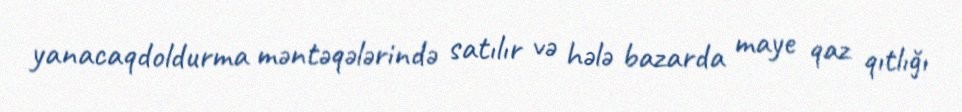
yanacaqdoldurma məntəqələrində satılır və hələ bazarda maye qaz qıtlığı